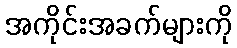
အကိုင်းအခက်များကို